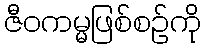
ဇီဝကမ္မဖြစ်စဉ်ကို